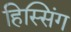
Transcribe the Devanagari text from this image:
हिस्सिंग